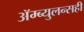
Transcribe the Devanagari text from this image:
ॲम्ब्युलन्सही